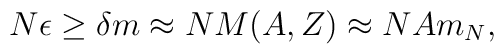
N \epsilon \geq \delta m \approx NM(A,Z) \approx NAm_N,